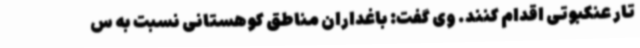
تار عنکبوتی اقدام کنند. وی گفت: باغداران مناطق کوهستانی نسبت به س